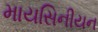
માયસિનીયન